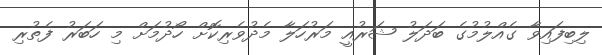
ލިބިފައިވާ ގެއްލުމުގެ ބަދަލު ޝަރުއީ މަރުހަލާ މެދުވެރިކޮށް ހޯދުމަށް މި ހަބަރު ފެތުރި